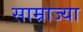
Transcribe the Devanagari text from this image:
साम्राज्या